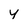
Character: y